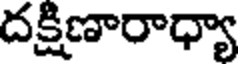
దక్షిణారాధ్యా